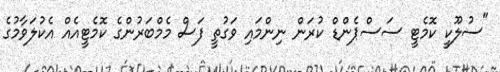
"ސުލޫކީ ކޮމެޓީ ސަސްޕެންޑް ކުރަން ނިންމައި ވަގުތީ ފަސް މެމްބަރުންގެ ކޮމެޓީއެއް އެކުލަވާމުގެ